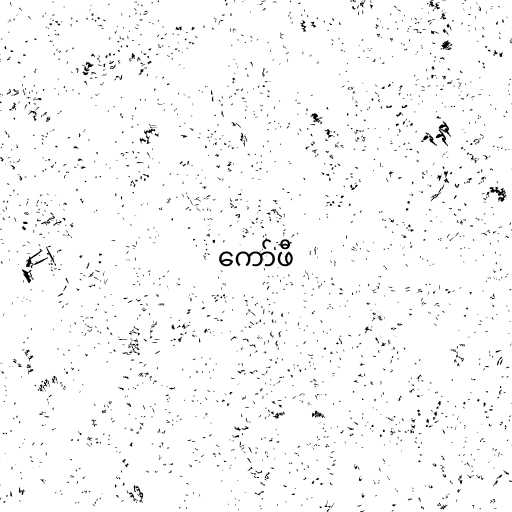
ကော်ဖီ